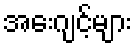
အေးဂျင့်များ